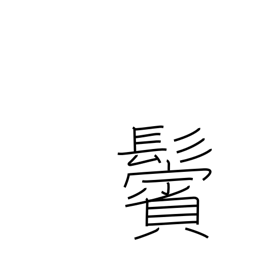
Meaning: sideburns